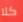
كلا